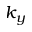
k _ { y }